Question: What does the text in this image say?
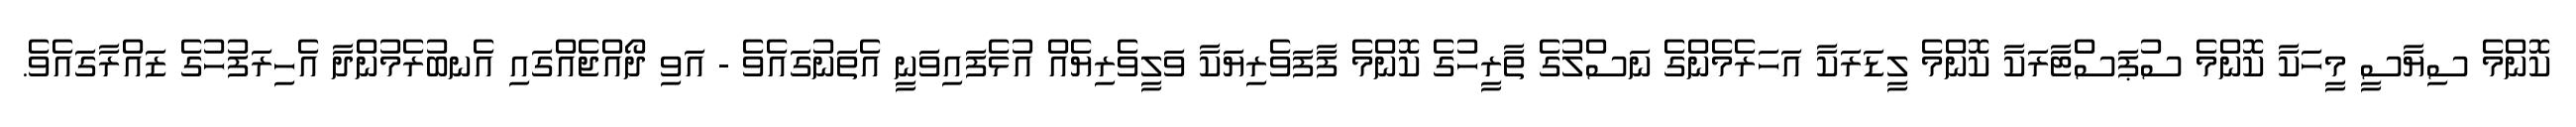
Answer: ކޮންމެ ސިޔާސީ މީހަކާ ކޮންމެ ސުޕަސްޓާރަކާ ކޮންމެ ލީޑަރަކާ އަހަރެމެންގެ ނަސްލުގެ ތާރީހުގެ ކޮންމެ ފާފަވެރިޔަކާ ވަލީވެރިޔެއް އުޅެފައިވަނީ އެތަނުގައެވެ - އަވި ދޯއްޖެއްގައި އެނބުރެމުންދާ އެހިރަފުހުގެ ޒައްރާގައެވެ.